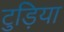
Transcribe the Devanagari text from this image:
टुड़िया